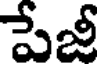
పేజీ